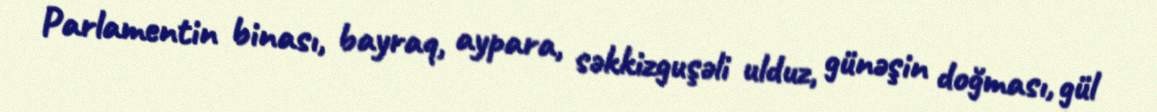
Parlamentin binası, bayraq, aypara, səkkizguşəli ulduz, günəşin doğması, gül